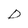
Character: D